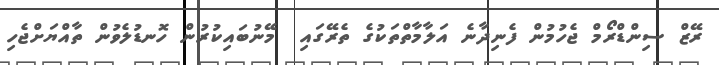
ރޭޒް ސިންޑްރޯމް ޖެހުމުން ފެނިދާނެ އަލާމާތްތަކުގެ ތެރޭގައި  މޭނުބައިކުރުން ހޮނޑުލެވުން ތާއްޔަށްޖެހި